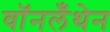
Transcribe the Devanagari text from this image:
वॉनलँथेन